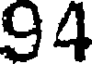
94